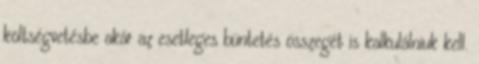
költségvetésbe akár az esetleges büntetés összegét is kalkulálniuk kell.